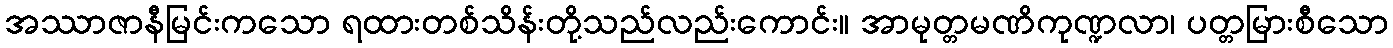
အဿာဇာနီမြင်းကသော ရထားတစ်သိန်းတို့သည်လည်းကောင်း။ အာမုတ္တမဏိကုဏ္ဍလာ၊ ပတ္တမြားစီသော